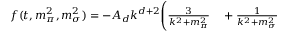
\begin{array} { r l } { f ( t , m _ { \pi } ^ { 2 } , m _ { \sigma } ^ { 2 } ) = - A _ { d } k ^ { d + 2 } \Bigg ( \frac { 3 } { k ^ { 2 } + m _ { \pi } ^ { 2 } } } & { { } + \frac { 1 } { k ^ { 2 } + m _ { \sigma } ^ { 2 } } } \end{array}